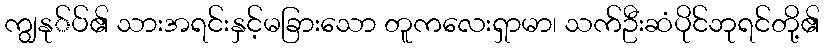
ကျွနု်ပ်၏ သားအရင်းနှင့်မခြားသော တူကလေးရှာမာ၊ သက်ဦးဆံပိုင်ဘုရင်တို့၏